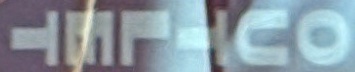
OUTLET